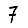
Digit: 7